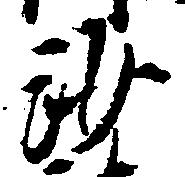
沙